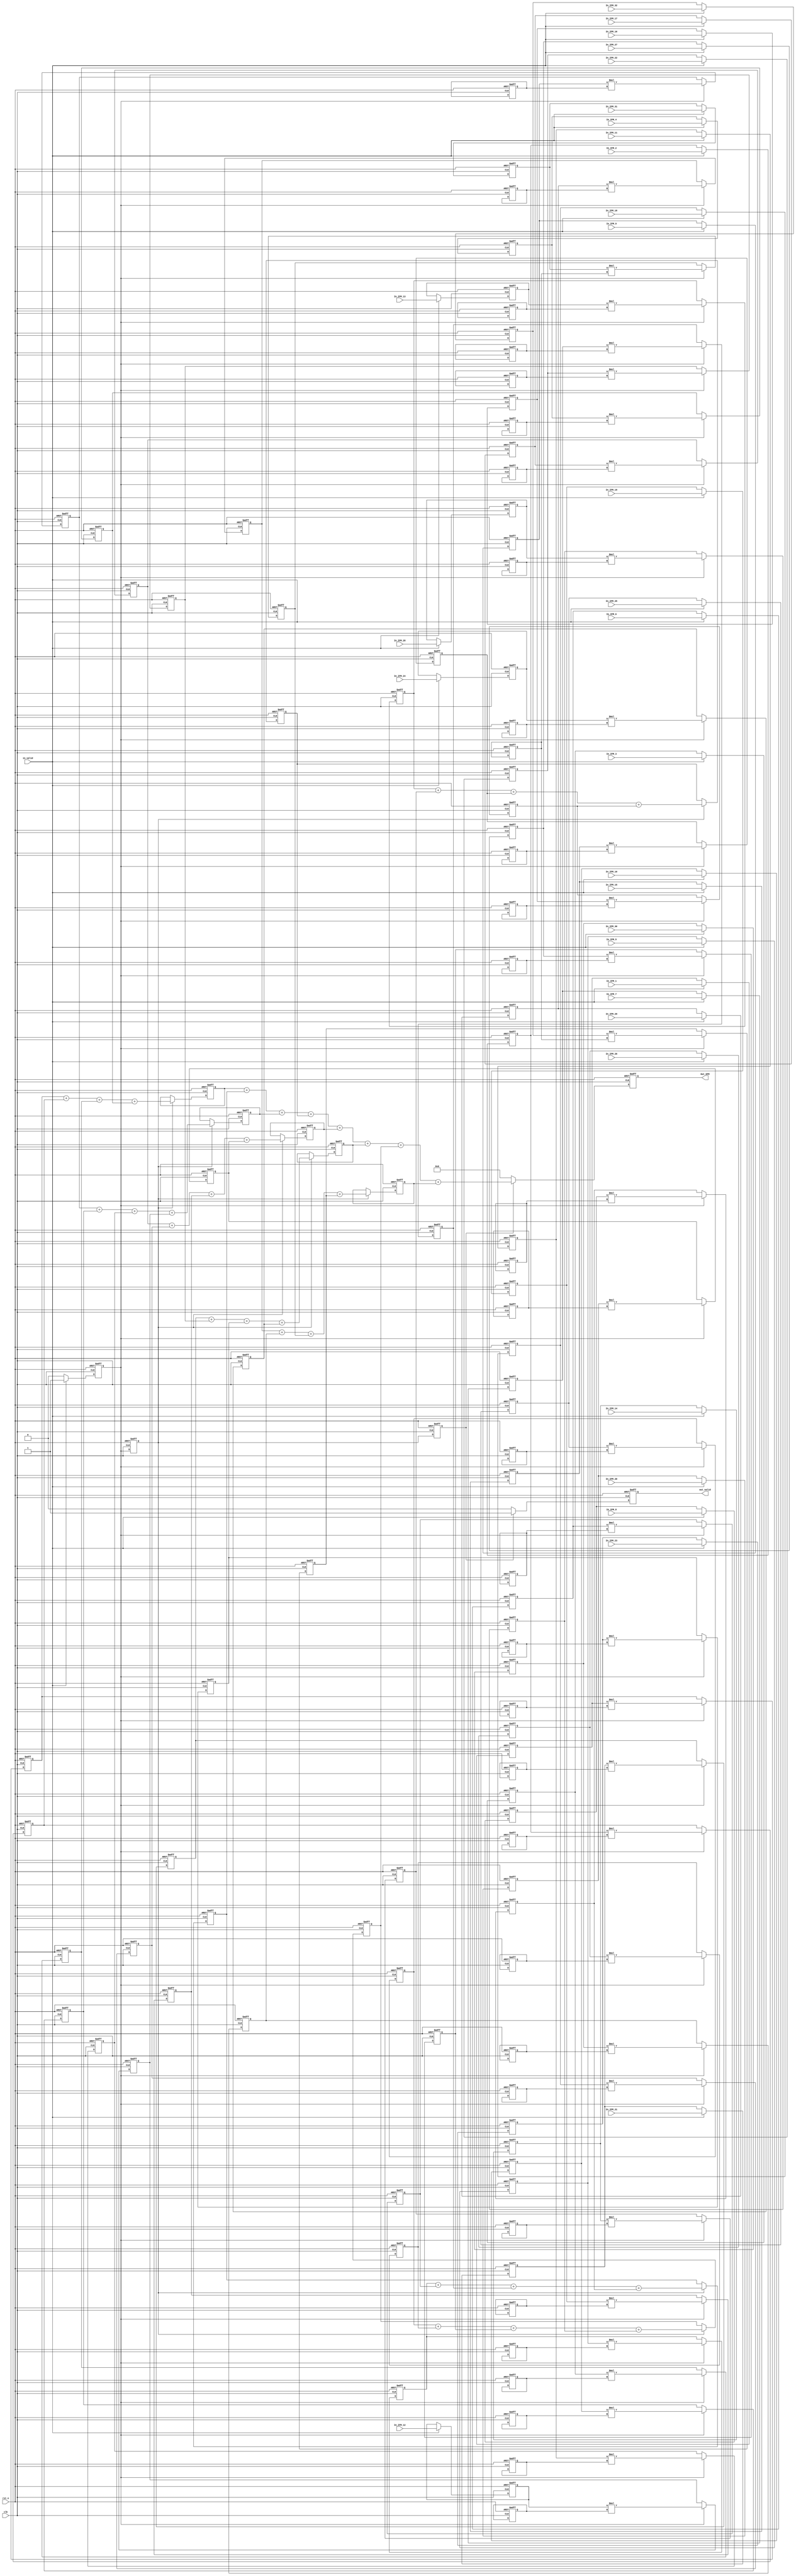
module Convolution(
    //input
    clk,
    rst_n,
    in_valid,
    //weight_valid,
    In_IFM_1,
    In_IFM_2,
    In_IFM_3,
    In_IFM_4,
    In_IFM_5,
    In_IFM_6,
    In_IFM_7,
    In_IFM_8,
    In_IFM_9,
    In_IFM_10,
    In_IFM_11,
    In_IFM_12,
    In_IFM_13,
    In_IFM_14,
    In_IFM_15,
    In_IFM_16,
    In_IFM_17,
    In_IFM_18,
    In_IFM_19,
    In_IFM_20,
    In_IFM_21,
    In_IFM_22,
    In_IFM_23,
    In_IFM_24,
    In_IFM_25,
    In_IFM_26,
    In_IFM_27,
    In_IFM_28,
    In_IFM_29,
    In_IFM_30,
    In_IFM_31,
    In_IFM_32,
    //output
    out_valid, 
    Out_OFM
);

input clk, rst_n, in_valid;
input [3:0]In_IFM_1;
input [3:0]In_IFM_2;
input [3:0]In_IFM_3;
input [3:0]In_IFM_4;
input [3:0]In_IFM_5;
input [3:0]In_IFM_6;
input [3:0]In_IFM_7;
input [3:0]In_IFM_8;
input [3:0]In_IFM_9;
input [3:0]In_IFM_10;
input [3:0]In_IFM_11;
input [3:0]In_IFM_12;
input [3:0]In_IFM_13;
input [3:0]In_IFM_14;
input [3:0]In_IFM_15;
input [3:0]In_IFM_16;
input [3:0]In_IFM_17;
input [3:0]In_IFM_18;
input [3:0]In_IFM_19;
input [3:0]In_IFM_20;
input [3:0]In_IFM_21;
input [3:0]In_IFM_22;
input [3:0]In_IFM_23;
input [3:0]In_IFM_24;
input [3:0]In_IFM_25;
input [3:0]In_IFM_26;
input [3:0]In_IFM_27;
input [3:0]In_IFM_28;
input [3:0]In_IFM_29;
input [3:0]In_IFM_30;
input [3:0]In_IFM_31;
input [3:0]In_IFM_32;


reg [7:0]MUL_Buffer[0:1][0:3][0:3];
reg [9:0]Adder_Buffer[0:1][0:1][0:1];

output reg out_valid;
output reg [12:0] Out_OFM;

reg [3:0] IFM[0:1][0:3][0:3];
reg [3:0] Weight[0:1][0:3][0:3];

// reg [7:0] count_out;
reg current_state;
reg current_state_2;
reg current_state_3;
wire next_state;

integer i,j,k;

// state condition
assign next_state = (in_valid) ? 1:0;

always@(posedge clk or negedge rst_n) begin
	if(!rst_n)
		current_state <= 0;
	else
		current_state <= next_state;
end

always@(posedge clk or negedge rst_n) begin
	if(!rst_n)
		current_state_2 <= 0;
	else
		current_state_2 <= current_state;
end

always@(posedge clk or negedge rst_n) begin
	if(!rst_n)
		current_state_3 <= 0;
	else
		current_state_3 <= current_state_2;
end

// always@(posedge clk or negedge rst_n) begin
//     if(!rst_n) begin
//         for(i=0; i<4; i=i+1) begin
//           for(j=0; j<8; j=j+1) begin
//             Weight[i][j] <= 0;
//           end
//         end
//     end

//     else if(weight_valid) begin
//         Weight[0][0] <= In_Weight_1;
//         Weight[0][1] <= In_Weight_2;
//         Weight[0][2] <= In_Weight_3;
//         Weight[0][3] <= In_Weight_4;
//         Weight[0][4] <= In_Weight_5;
//         Weight[0][5] <= In_Weight_6;
//         Weight[0][6] <= In_Weight_7;
//         Weight[0][7] <= In_Weight_8;
//         Weight[1][0] <= In_Weight_9;
//         Weight[1][1] <= In_Weight_10;
//         Weight[1][2] <= In_Weight_11;
//         Weight[1][3] <= In_Weight_12;
//         Weight[1][4] <= In_Weight_13;
//         Weight[1][5] <= In_Weight_14;
//         Weight[1][6] <= In_Weight_15;
//         Weight[1][7] <= In_Weight_16;
//         Weight[2][0] <= In_Weight_17;
//         Weight[2][1] <= In_Weight_18;
//         Weight[2][2] <= In_Weight_19;
//         Weight[2][3] <= In_Weight_20;
//         Weight[2][4] <= In_Weight_21;
//         Weight[2][5] <= In_Weight_22;
//         Weight[2][6] <= In_Weight_23;
//         Weight[2][7] <= In_Weight_24;
//         Weight[3][0] <= In_Weight_25;
//         Weight[3][1] <= In_Weight_26;
//         Weight[3][2] <= In_Weight_27;
//         Weight[3][3] <= In_Weight_28;
//         Weight[3][4] <= In_Weight_29;
//         Weight[3][5] <= In_Weight_30;
//         Weight[3][6] <= In_Weight_31;
//         Weight[3][7] <= In_Weight_32;
//     end
// end
always@(posedge clk or negedge rst_n) begin
	if(!rst_n) begin
		Weight[0][0][0]  <= 4'd6;
		Weight[0][0][1]  <= 4'd14;
		Weight[0][0][2]  <= 4'd13;
		Weight[0][0][3]  <= 4'd10;
		Weight[0][1][0]  <= 4'd10;
		Weight[0][1][1]  <= 4'd14;
		Weight[0][1][2]  <= 4'd3;
		Weight[0][1][3]  <= 4'd4;
		Weight[0][2][0]  <= 4'd0;
		Weight[0][2][1]  <= 4'd6;
		Weight[0][2][2]  <= 4'd7;
		Weight[0][2][3]  <= 4'd9;
		Weight[0][3][0]  <= 4'd11;
		Weight[0][3][1]  <= 4'd12;
		Weight[0][3][2]  <= 4'd6;
		Weight[0][3][3]  <= 4'd3;
		Weight[1][0][0]  <= 4'd2;
		Weight[1][0][1]  <= 4'd1;
		Weight[1][0][2]  <= 4'd5;
		Weight[1][0][3]  <= 4'd8;
		Weight[1][1][0]  <= 4'd7;
		Weight[1][1][1]  <= 4'd13;
		Weight[1][1][2]  <= 4'd1;
		Weight[1][1][3]  <= 4'd8;
		Weight[1][2][0]  <= 4'd7;
		Weight[1][2][1]  <= 4'd12;
		Weight[1][2][2]  <= 4'd13;
		Weight[1][2][3]  <= 4'd10;
		Weight[1][3][0]  <= 4'd10;
		Weight[1][3][1]  <= 4'd9;
		Weight[1][3][2]  <= 4'd7;
		Weight[1][3][3]  <= 4'd7;
	end
end

always@(posedge clk or negedge rst_n) begin
    if(!rst_n) begin
    for(i=0;i<2;i=i+1) begin
      for(j=0;j<4;j=j+1) begin
        for(k=0; k<4; k=k+1) begin
          IFM[i][j][k] <=0;
        end
      end
    end
    end

    else if(in_valid) begin
        IFM[0][0][0] <= In_IFM_1;
        IFM[0][0][1] <= In_IFM_2;
        IFM[0][0][2] <= In_IFM_3;
        IFM[0][0][3] <= In_IFM_4;
        IFM[0][1][0] <= In_IFM_5;
        IFM[0][1][1] <= In_IFM_6;
        IFM[0][1][2] <= In_IFM_7;
        IFM[0][1][3] <= In_IFM_8;
        IFM[0][2][0] <= In_IFM_9;
        IFM[0][2][1] <= In_IFM_10;
        IFM[0][2][2] <= In_IFM_11;
        IFM[0][2][3] <= In_IFM_12;
        IFM[0][3][0] <= In_IFM_13;
        IFM[0][3][1] <= In_IFM_14;
        IFM[0][3][2] <= In_IFM_15;
        IFM[0][3][3] <= In_IFM_16;
        IFM[1][0][0] <= In_IFM_17;
        IFM[1][0][1] <= In_IFM_18;
        IFM[1][0][2] <= In_IFM_19;
        IFM[1][0][3] <= In_IFM_20;
        IFM[1][1][0] <= In_IFM_21;
        IFM[1][1][1] <= In_IFM_22;
        IFM[1][1][2] <= In_IFM_23;
        IFM[1][1][3] <= In_IFM_24;
        IFM[1][2][0] <= In_IFM_25;
        IFM[1][2][1] <= In_IFM_26;
        IFM[1][2][2] <= In_IFM_27;
        IFM[1][2][3] <= In_IFM_28;
        IFM[1][3][0] <= In_IFM_29;
        IFM[1][3][1] <= In_IFM_30;
        IFM[1][3][2] <= In_IFM_31;
        IFM[1][3][3] <= In_IFM_32;
    end
end


always@(posedge clk or negedge rst_n) begin
    if(!rst_n)
        out_valid <= 0;
    else if(current_state_3)
        out_valid <= 1;
    else
        out_valid <= 0;
end

always @(posedge clk or negedge rst_n) begin
  if (!rst_n) begin
    for(i=0;i<2;i=i+1) begin
      for(j=0;j<4;j=j+1) begin
        for(k=0; k<4; k=k+1) begin
          MUL_Buffer[i][j][k] <=0;
        end
      end
    end
  end
  else if(current_state) begin
        MUL_Buffer[0][0][0] <= IFM[0][0][0]*Weight[0][0][0];
        MUL_Buffer[0][0][1] <= IFM[0][0][1]*Weight[0][0][1];
        MUL_Buffer[0][0][2] <= IFM[0][0][2]*Weight[0][0][2];
        MUL_Buffer[0][0][3] <= IFM[0][0][3]*Weight[0][0][3];
        MUL_Buffer[0][1][0] <= IFM[0][1][0]*Weight[0][1][0];
        MUL_Buffer[0][1][1] <= IFM[0][1][1]*Weight[0][1][1];
        MUL_Buffer[0][1][2] <= IFM[0][1][2]*Weight[0][1][2];
        MUL_Buffer[0][1][3] <= IFM[0][1][3]*Weight[0][1][3];
        MUL_Buffer[0][2][0] <= IFM[0][2][0]*Weight[0][2][0];
        MUL_Buffer[0][2][1] <= IFM[0][2][1]*Weight[0][2][1];
        MUL_Buffer[0][2][2] <= IFM[0][2][2]*Weight[0][2][2];
        MUL_Buffer[0][2][3] <= IFM[0][2][3]*Weight[0][2][3];
        MUL_Buffer[0][3][0] <= IFM[0][3][0]*Weight[0][3][0];
        MUL_Buffer[0][3][1] <= IFM[0][3][1]*Weight[0][3][1];
        MUL_Buffer[0][3][2] <= IFM[0][3][2]*Weight[0][3][2];
        MUL_Buffer[0][3][3] <= IFM[0][3][3]*Weight[0][3][3];
        MUL_Buffer[1][0][0] <= IFM[1][0][0]*Weight[1][0][0];
        MUL_Buffer[1][0][1] <= IFM[1][0][1]*Weight[1][0][1];
        MUL_Buffer[1][0][2] <= IFM[1][0][2]*Weight[1][0][2];
        MUL_Buffer[1][0][3] <= IFM[1][0][3]*Weight[1][0][3];
        MUL_Buffer[1][1][0] <= IFM[1][1][0]*Weight[1][1][0];
        MUL_Buffer[1][1][1] <= IFM[1][1][1]*Weight[1][1][1];
        MUL_Buffer[1][1][2] <= IFM[1][1][2]*Weight[1][1][2];
        MUL_Buffer[1][1][3] <= IFM[1][1][3]*Weight[1][1][3];
        MUL_Buffer[1][2][0] <= IFM[1][2][0]*Weight[1][2][0];
        MUL_Buffer[1][2][1] <= IFM[1][2][1]*Weight[1][2][1];
        MUL_Buffer[1][2][2] <= IFM[1][2][2]*Weight[1][2][2];
        MUL_Buffer[1][2][3] <= IFM[1][2][3]*Weight[1][2][3];
        MUL_Buffer[1][3][0] <= IFM[1][3][0]*Weight[1][3][0];
        MUL_Buffer[1][3][1] <= IFM[1][3][1]*Weight[1][3][1];
        MUL_Buffer[1][3][2] <= IFM[1][3][2]*Weight[1][3][2];
        MUL_Buffer[1][3][3] <= IFM[1][3][3]*Weight[1][3][2];
        
  end
end

always @(posedge clk or negedge rst_n) begin
  if (!rst_n) begin
    for(i=0;i<2;i=i+1) begin
      for(j=0;j<2;j=j+1) begin
        for(k=0;k<2;k=k+1) begin
          Adder_Buffer[i][j][k] <=0;
        end
      end
    end
  end
  else if(current_state_2) begin
      Adder_Buffer[0][0][0] <= MUL_Buffer[0][0][0] + MUL_Buffer[0][0][1] + MUL_Buffer[0][0][2] + MUL_Buffer[0][0][3];
      Adder_Buffer[0][0][1] <= MUL_Buffer[0][1][0] + MUL_Buffer[0][1][1] + MUL_Buffer[0][1][2] + MUL_Buffer[0][1][3];
      Adder_Buffer[0][1][0] <= MUL_Buffer[0][2][0] + MUL_Buffer[0][2][1] + MUL_Buffer[0][2][2] + MUL_Buffer[0][2][3];
      Adder_Buffer[0][1][1] <= MUL_Buffer[0][3][0] + MUL_Buffer[0][3][1] + MUL_Buffer[0][3][2] + MUL_Buffer[0][3][3];
      Adder_Buffer[1][0][0] <= MUL_Buffer[1][0][0] + MUL_Buffer[1][0][1] + MUL_Buffer[1][0][2] + MUL_Buffer[1][0][3];
      Adder_Buffer[1][0][1] <= MUL_Buffer[1][1][0] + MUL_Buffer[1][1][1] + MUL_Buffer[1][1][2] + MUL_Buffer[1][1][3];
      Adder_Buffer[1][1][0] <= MUL_Buffer[1][2][0] + MUL_Buffer[1][2][1] + MUL_Buffer[1][2][2] + MUL_Buffer[1][2][3];
      Adder_Buffer[1][1][1] <= MUL_Buffer[1][3][0] + MUL_Buffer[1][3][1] + MUL_Buffer[1][3][2] + MUL_Buffer[1][3][3];

  end
end

always@(posedge clk or negedge rst_n) begin
    if(!rst_n)
        Out_OFM <= 0;
    else if(current_state_3) begin
        Out_OFM <= Adder_Buffer[0][0][0]
        + Adder_Buffer[0][0][1]
        + Adder_Buffer[0][1][0]
        + Adder_Buffer[0][1][1]
        + Adder_Buffer[1][0][0]
        + Adder_Buffer[1][0][1]
        + Adder_Buffer[1][1][0]
        + Adder_Buffer[1][1][1];
    end
    else
        Out_OFM <= 0;
end

endmodule